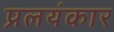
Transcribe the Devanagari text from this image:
प्रलयंकार